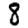
Digit: 8